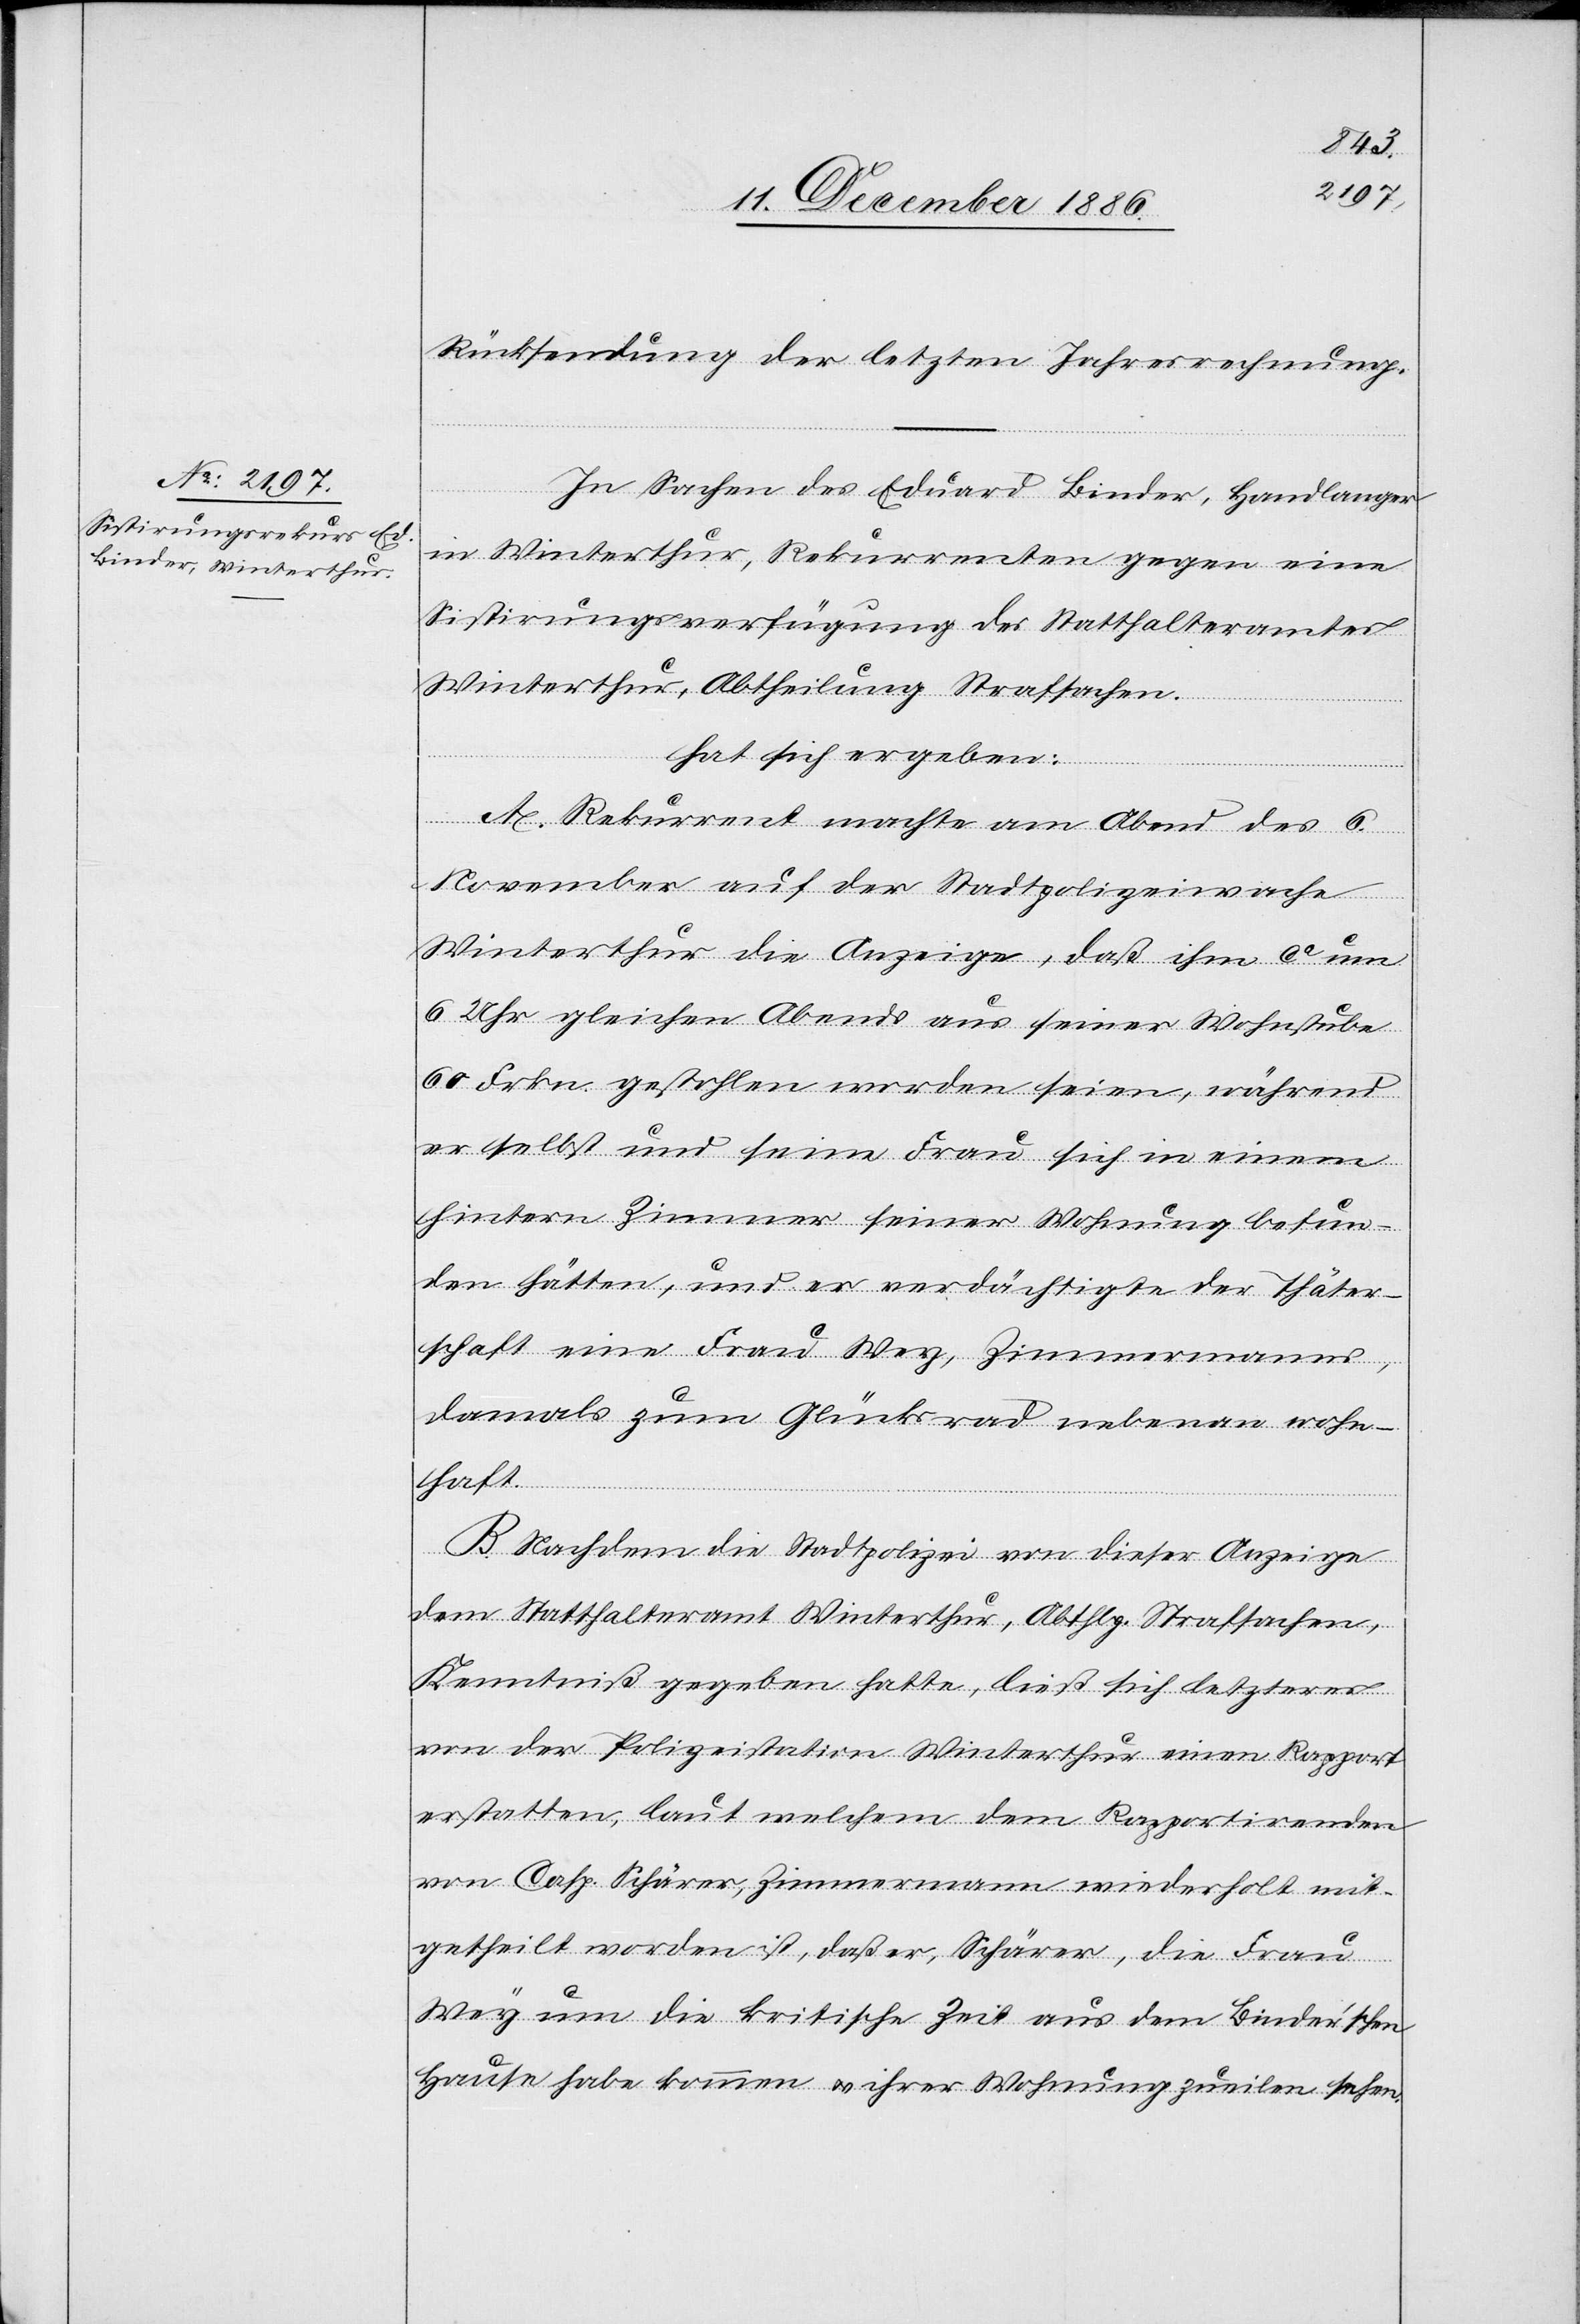
Rücksendung der letzten Jahresrechnung.
In Sachen des Eduard Binder, Handlanger
in Winterthur, Rekurrenten gegen eine
Sistirungsverfügung des Statthalteramtes
Winterthur, Abtheilung Strafsachen.
hat sich ergeben:
A. Rekurrent machte am Abend des 6.
November auf der Stadtpolizeiwache
Winterthur die Anzeige, daß ihm ca um
6 Uhr gleichen Abends aus seiner Wohnstube
60 Frkn. gestohlen worden seien, während
er selbst und seine Frau sich in einem
hintern Zimmer seiner Wohnung befun¬
den hätten, und er verdächtigte der Thäter¬
schaft eine Frau Wey, Zimmermanns,
damals zum Glücksrad nebenan wohn¬
haft.
B. Nachdem die Stadtpolizei von dieser Anzeige
dem Statthalteramt Winterthur, Abthlg. Strafsachen,
Kenntniß gegeben hatte, ließ sich letzteres
von der Polizeistation Winterthur einen Rapport
erstatten, laut welchem dem Rapportirenden
von Casp. Schärer, Zimmermann wiederholt mit¬
getheilt worden ist, daß er, Schärer, die Frau
Wey um die kritische Zeit aus dem Binder’schen
Hause habe kommen & ihrer Wohnung zueilen sehen.